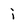
Character: j